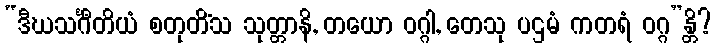
“ဒီဃသင်္ဂီတိယံ စတုတိံသ သုတ္တာနိ, တယော ဝဂ္ဂါ, တေသု ပဌမံ ကတရံ ဝဂ္ဂ”န္တိ?